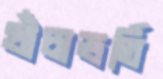
খাঁচাভর্তি